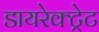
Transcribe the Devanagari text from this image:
डायरेक्ट्रेट